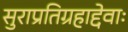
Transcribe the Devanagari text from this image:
सुराप्रतिग्रहाद्देवाः